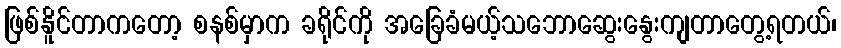
ဖြစ်နိူင်တာကတော့ စနစ်မှာက ခရိုင်ကို အခြေခံမယ့်သဘောဆွေးနွေးကျတာတွေ့ရတယ်၊